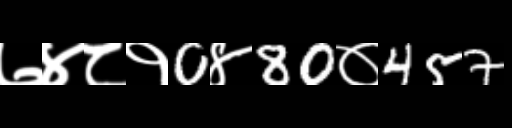
Text: ७४८१0४80०457